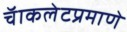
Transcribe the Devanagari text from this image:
चॅाकलेटप्रमाणे